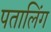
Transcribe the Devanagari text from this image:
पतालिंग